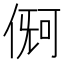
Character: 𪝏